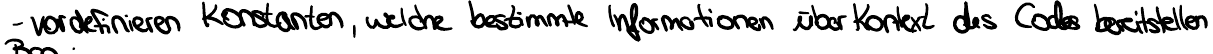
- vordefinieren Konstanten, welche bestimmte Informationen über Kontext des Codes bereitstellen